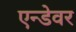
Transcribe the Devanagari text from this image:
एन्डेवर